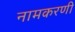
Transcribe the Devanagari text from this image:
नामकरणी